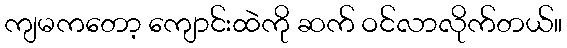
ကျမကတော့ ကျောင်းထဲကို ဆက် ဝင်လာလိုက်တယ်။